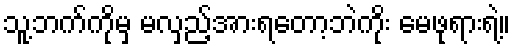
သူ့ဘက်ကိုမှ မလှည့်အားရတော့ဘဲကိုး မေဖုရားရဲ့။